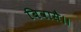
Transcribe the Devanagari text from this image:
बिवासै।।